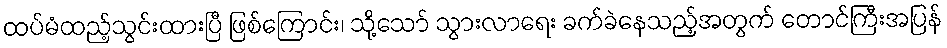
ထပ်မံထည့်သွင်းထားပြီ ဖြစ်ကြောင်း၊ သို့သော် သွားလာရေး ခက်ခဲနေသည့်အတွက် တောင်ကြီးအပြန်